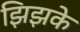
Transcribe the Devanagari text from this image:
झिझके